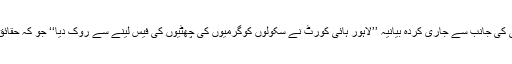
ریگولیٹری اتھارتی کی جانب سے جاری کردہ بیانیہ ’’لاہور ہائی کورٹ نے سکولوں کوگرمیوں کی چھٹیوں کی فیس لینے سے روک دیا‘‘ جو کہ حقائق پر مبنی نہیں ہیں۔